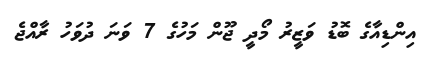
އިންޑިއާގެ ބޮޑު ވަޒީރު މޯދީ ޖޫން މަހުގެ 7 ވަނަ ދުވަހު ރާއްޖެ